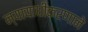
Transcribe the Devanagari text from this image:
न्यायाधीकरणाने